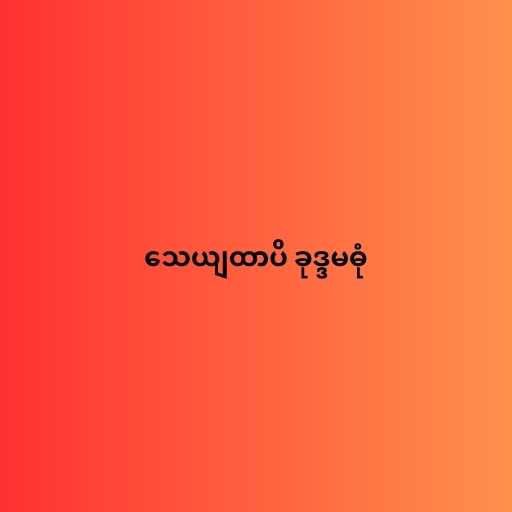
သေယျထာပိ ခုဒ္ဒမဓုံ